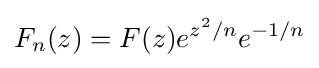
F_{n}(z)=F(z)e^{z^{2}/n}e^{-1/n}